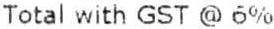
TOTAL WITH GST @ 6%